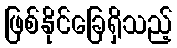
ဖြစ်နိုင်ခြေရှိသည့်